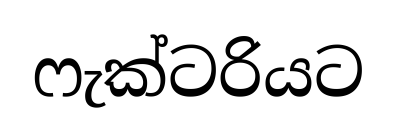
ෆැක්ටරියට